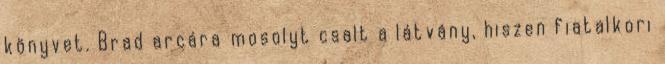
könyvet. Brad arcára mosolyt csalt a látvány, hiszen fiatalkori